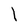
Character: 1